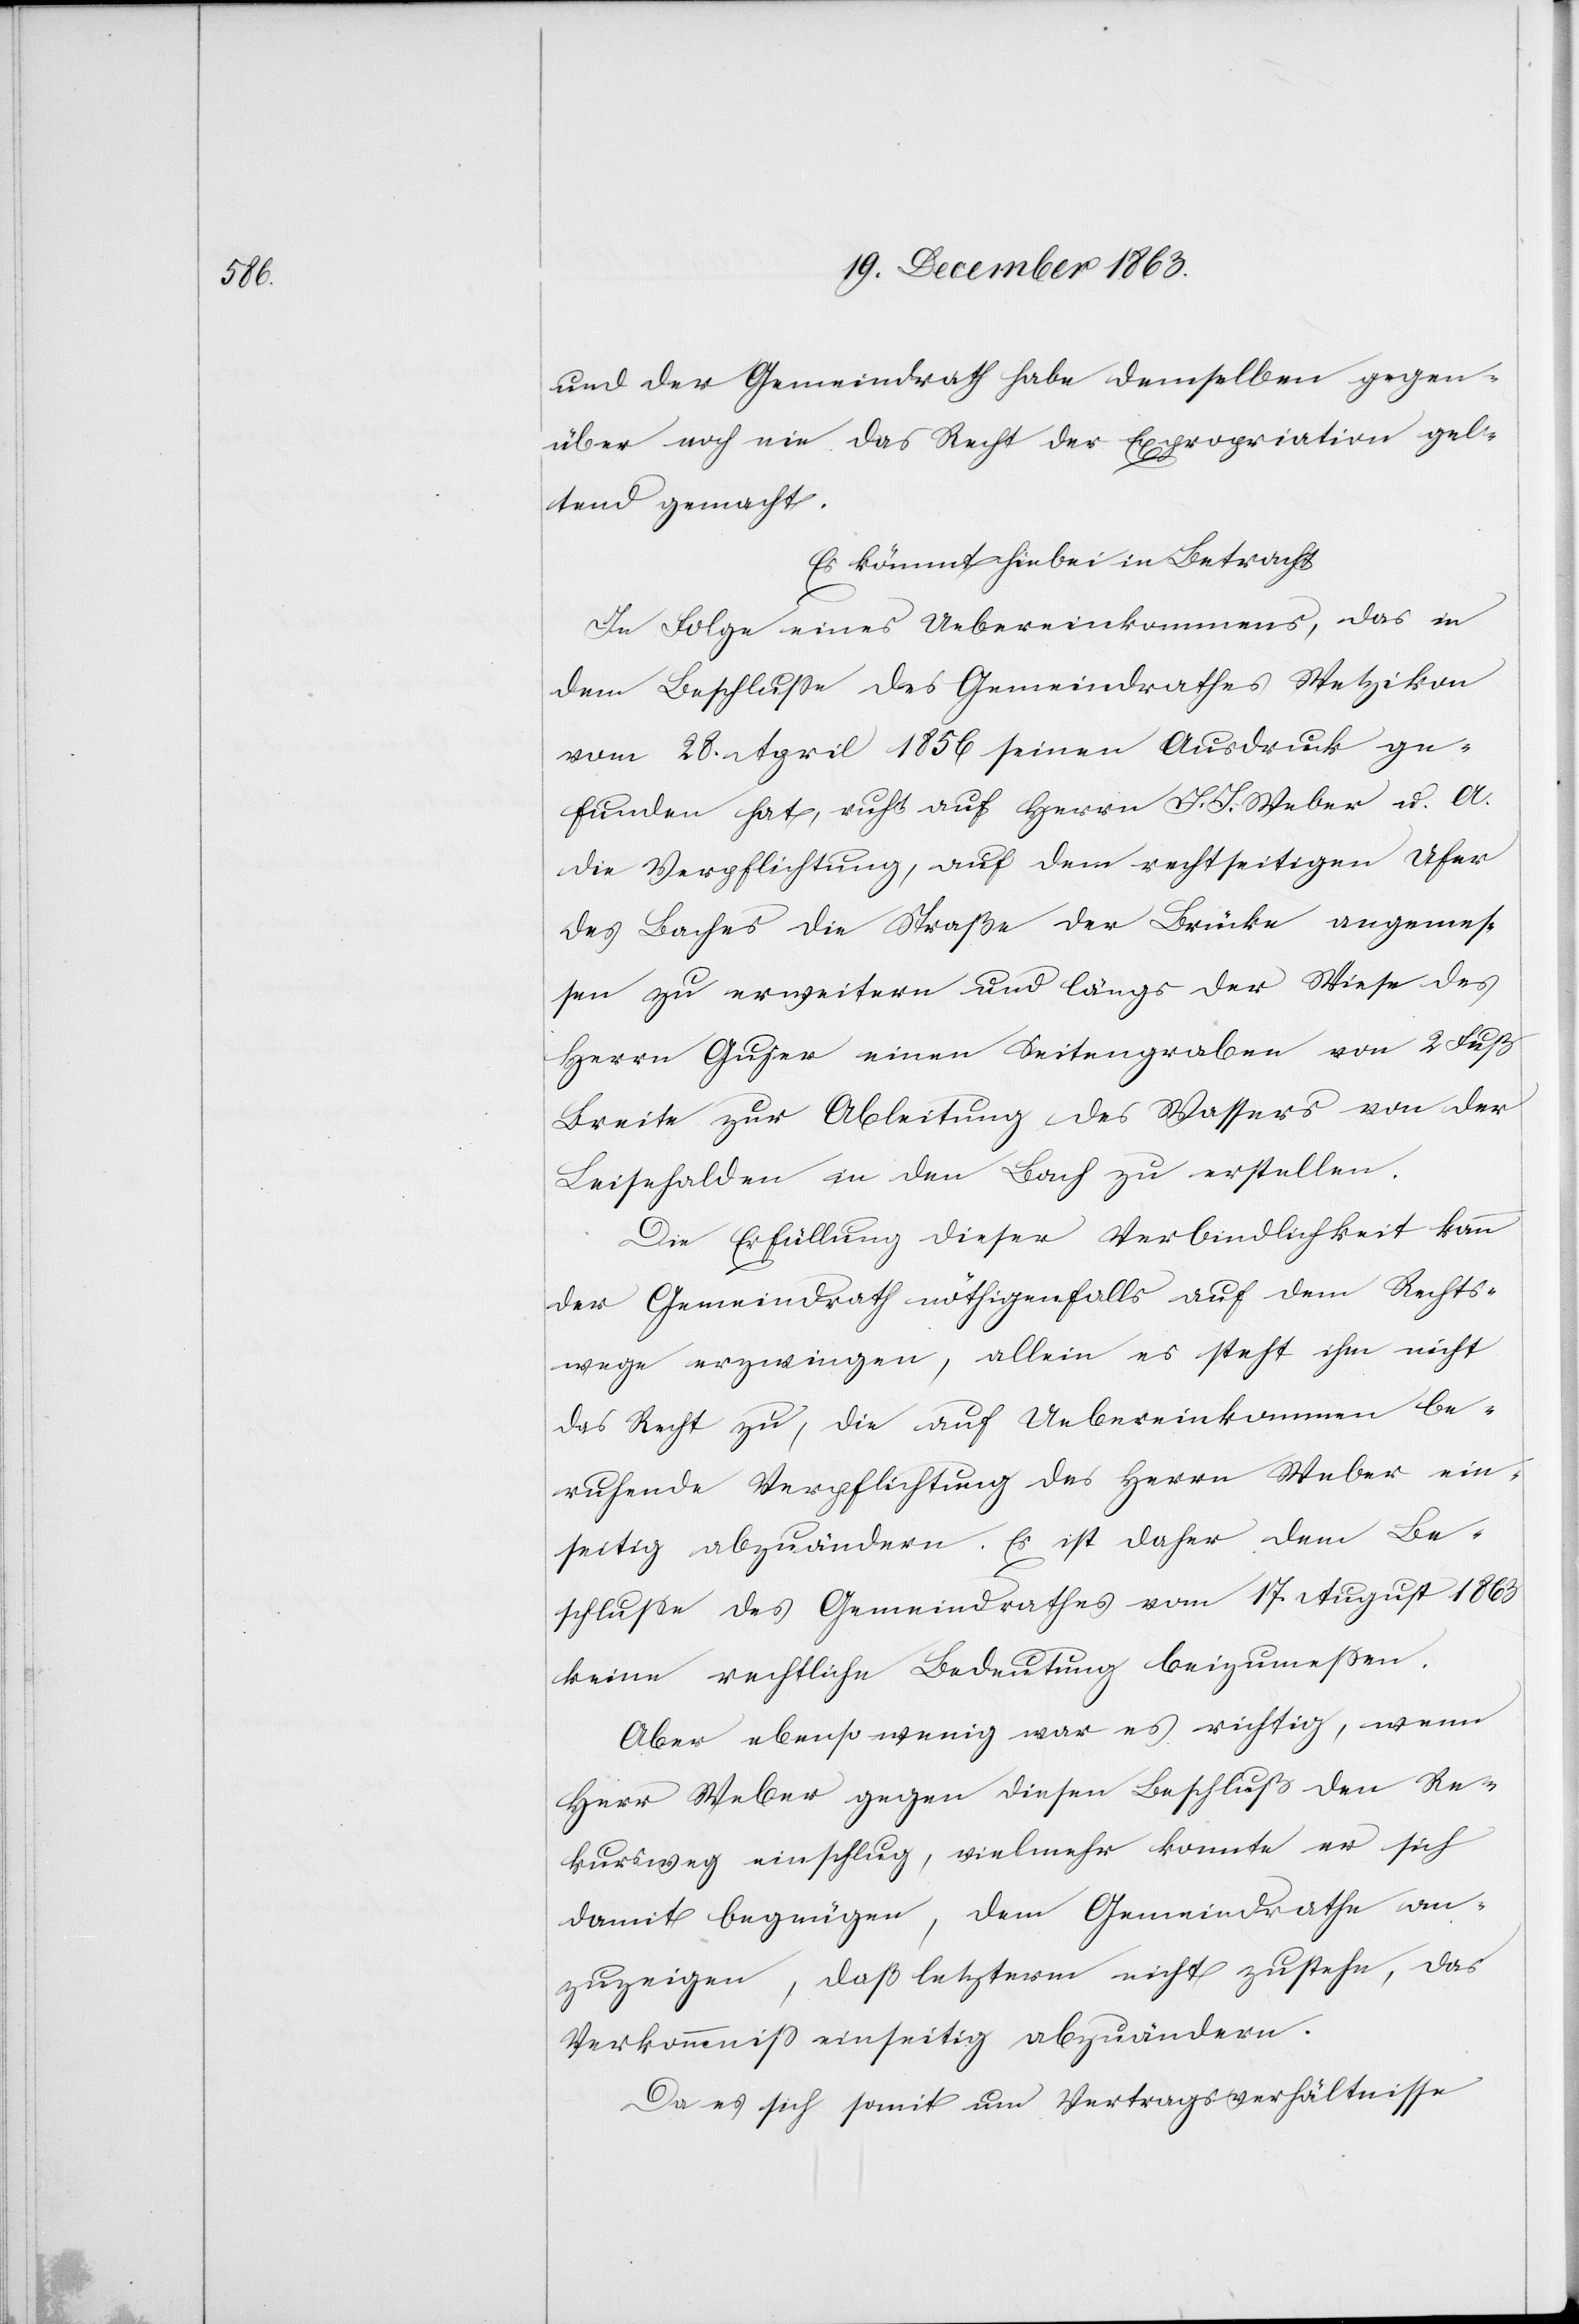
und der Gemeindrath habe demselben gegen¬
über noch nie das Recht der Expropriation gel¬
tend gemacht.
Es kömmt hiebei in Betracht
In Folge eines Uebereinkommens, das in
dem Beschlusse des Gemeindrathes Wetzikon
vom 28. April 1856 seinen Ausdruck ge¬
funden hat, ruht auf Herrn J. J. Weber u. A.
die Verpflichtung, auf dem rechtseitigen Ufer
des Baches die Straße der Brücke angemes¬
sen zu erweitern und längs der Wiese des
Herrn Gujer einen Seitengraben von 2 Fuß
Breite zur Ableitung des Wassers von der
Leisehalden in den Bach zu erstellen.
Die Erfüllung dieser Verbindlichkeit kann
der Gemeindrath nöthigenfalls auf dem Rechts¬
wege erzwingen, allein es steht ihm nicht
das Recht zu, die auf Uebereinkommen be¬
ruhende Verpflichtung des Herrn Weber ein¬
seitig abzuändern. Es ist daher dem Be¬
schlusse des Gemeindrathes vom 17. August 1863
keine rechtliche Bedeutung beizumessen.
Aber ebenso wenig war es richtig, wenn
Herr Weber gegen diesen Beschluß den Re¬
kursweg einschlug, vielmehr konnte er sich
damit begnügen, dem Gemeindrathe an¬
zuzeigen, daß letzterm nicht zustehe, das
Verkommniss einseitig abzuändern.
Da es sich somit um Vertragsverhältnisse